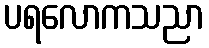
ပရလောကသညာ